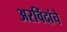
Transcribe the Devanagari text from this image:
अरविंदांचे